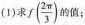
(1)求f(\frac{2 \pi}{3})的值；